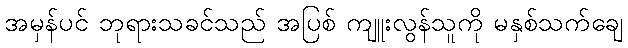
အမှန်ပင် ဘုရားသခင်သည် အပြစ် ကျူးလွန်သူကို မနှစ်သက်ချေ